Lunatic asylums Central Provinces reports 1910-1926 - 1910-1926
Year: 1910
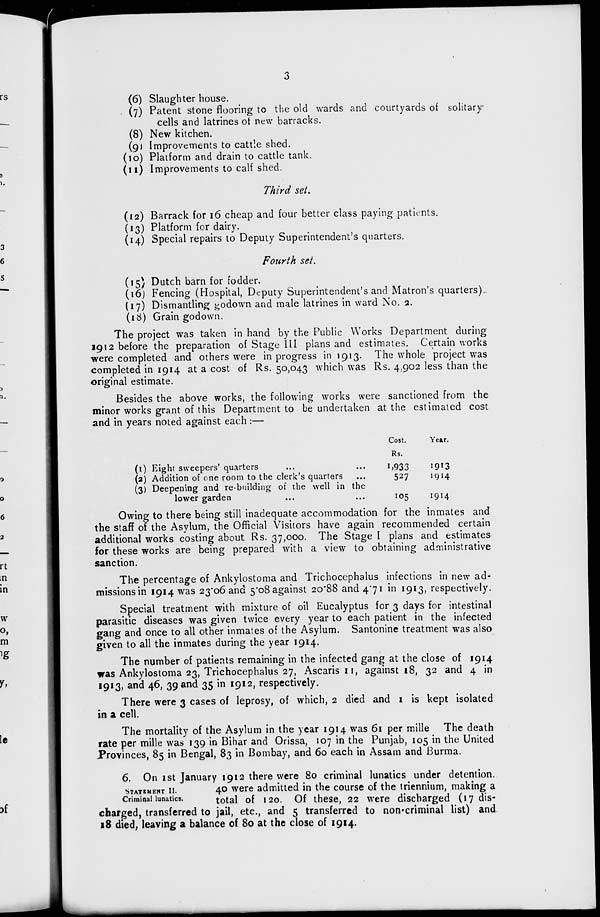
3
(6) Slaughter house.
(7) Patent stone flooring to the old wards and courtyards of solitary
cells and latrines of new barracks.
(8) New kitchen.
(9) Improvements to cattle shed.
(10) Platform and drain to cattle tank.
(11) Improvements to calf shed.
Third set.
(12) Barrack for 16 cheap and four better class paying patients.
(13) Platform for dairy.
(14) Special repairs to Deputy Superintendent's quarters.
Fourth set.
(15) Dutch barn for fodder.
(16) Fencing (Hospital, Deputy Superintendent's and Matron's quarters).
(17) Dismantling godown and male latrines in ward No. 2.
(18) Grain godown.
The project was taken in hand by the Public Works Department during
1912 before the preparation of Stage III plans and estimates. Certain works
were completed and others were in progress in 1913. The whole project was
completed in 1914 at a cost of Rs. 50,043 which was Rs. 4,902 less than the
original estimate.
Besides the above works, the following works were sanctioned from the
minor works grant of this Department to be undertaken at the estimated cost
and in years noted against each :—
(1) Eight sweepers' quarters ... ...
(2) Addition of one room to the clerk's quarters ...
(3) Deepening and re-building of the well in the
lower garden ... ... ...
Cost.
Rs.
1,933
527
105
Year.
1913
1914
1914
Owing to there being still inadequate accommodation for the inmates and
the staff of the Asylum, the Official Visitors have again recommended certain
additional works costing about Rs. 37,000. The Stage I plans and estimates
for these works are being prepared with a view to obtaining administrative
sanction.
The percentage of Ankylostoma and Trichocephalus infections in new ad-
missions in 1914 was 23.06 and 5.08 against 20.88 and 4.71 in 1913, respectively.
Special treatment with mixture of oil Eucalyptus for 3 days for intestinal
parasitic diseases was given twice every year to each patient in the infected
gang and once to all other inmates of the Asylum. Santonine treatment was also
given to all the inmates during the year 1914.
The number of patients remaining in the infected gang at the close of 1914
was Ankylostoma 23, Trichocephalus 27, Ascaris 11, against 18, 32 and 4 in
1913, and 46, 39 and 35 in 1912, respectively.
There were 3 cases of leprosy, of which, 2 died and 1 is kept isolated
in a cell.
The mortality of the Asylum in the year 1914 was 61 per mille The death
rate per mille was 139 in Bihar and Orissa, 107 in the Punjab, 105 in the United
Provinces, 85 in Bengal, 83 in Bombay, and 60 each in Assam and Burma.
STATEMENT II.
Criminal lunatics.
6. On 1st January 1912 there were 80 criminal lunatics under detention.
40 were admitted in the course of the triennium, making a
total of 120. Of these, 22 were discharged (17 dis-
charged, transferred to jail, etc., and 5 transferred to non-criminal list) and
18 died, leaving a balance of 80 at the close of 1914.